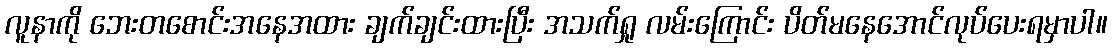
လူနာကို ဘေးတစောင်းအနေအထား ချက်ချင်းထားပြီး အသက်ရှု လမ်းကြောင်း ပိတ်မနေအောင်လုပ်ပေးရမှာပါ။